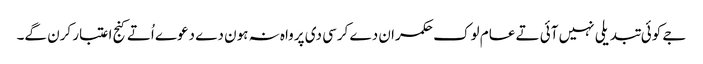
جے کوئی تبدیلی نہیں آئی تے عام لوک حکمران دے کرسی دی پرواہ نہ ہون دے دعوے اُتے کنج اعتبار کرن گے۔